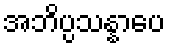
အဘိပ္ပသန္နာပေ